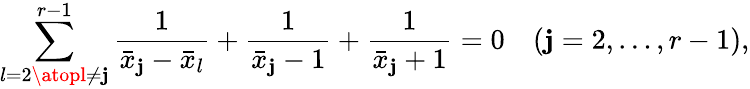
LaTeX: \sum_{l=2\atopl\ne\mathbf{j}}^{r-1}{\frac{{1}}{{\bar{{x}}_{\mathbf{j}}-\bar{{x}}_{l}}}}+{\frac{{1}}{{\bar{{x}}_{\mathbf{j}}-1}}}+{\frac{{1}}{{\bar{{x}}_{\mathbf{j}}+1}}}=0\quad(\mathbf{j}=2,\ldots,r-1),